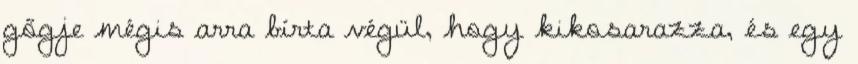
gőgje mégis arra bírta végül, hogy kikosarazza, és egy